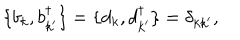
\{ b _ { k } , b _ { k ^ { \prime } } ^ { \dagger } \} = \{ d _ { k } , d _ { k ^ { \prime } } ^ { \dagger } \} = \delta _ { k k ^ { \prime } } ,